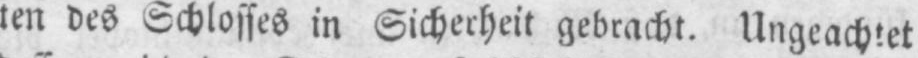
ten des Schlosses in Sicherheit gebracht. Ungeachtet